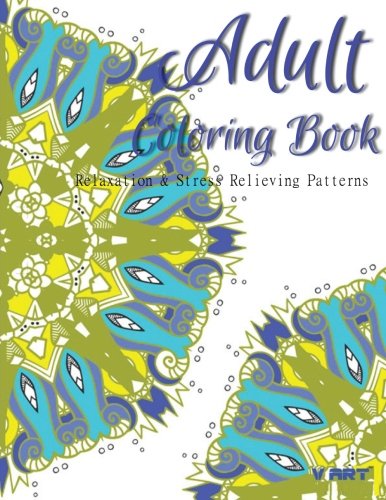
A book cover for Adult Coloring Book: Coloring Books For Adults : Relaxation & Stress Relieving Patterns (Volume 32); Coloring Books For Adults; Arts & Photography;